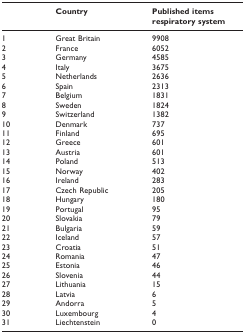
|  | Country | Published items respiratory system |
 | --- | --- | --- |
 | 1 | Great Britain | 9908 |
 | 2 | France | 6052 |
 | 3 | Germany | 4585 |
 | 4 | Italy | 3675 |
 | 5 | Netherlands | 2636 |
 | 6 | Spain | 2313 |
 | 7 | Belgium | 1831 |
 | 8 | Sweden | 1824 |
 | 9 | Switzerland | 1382 |
 | 10 | Denmark | 737 |
 | 11 | Finland | 695 |
 | 12 | Greece | 601 |
 | 13 | Austria | 601 |
 | 14 | Poland | 513 |
 | 15 | Norway | 402 |
 | 16 | Ireland | 283 |
 | 17 | Czech Republic | 205 |
 | 18 | Hungary | 180 |
 | 19 | Portugal | 95 |
 | 20 | Slovakia | 79 |
 | 21 | Bulgaria | 59 |
 | 22 | Iceland | 57 |
 | 23 | Croatia | 51 |
 | 24 | Romania | 47 |
 | 25 | Estonia | 46 |
 | 26 | Slovenia | 44 |
 | 27 | Lithuania | 15 |
 | 28 | Latvia | 6 |
 | 29 | Andorra | 5 |
 | 30 | Luxembourg | 4 |
 | 31 | Liechtenstein | 0 |